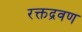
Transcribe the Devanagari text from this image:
रक्तद्रवण